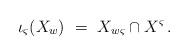
LaTeX: \begin{align*} \iota_{\varsigma}(X_w)\ =\ X_{w\varsigma}\cap X^\varsigma\,.\end{align*}